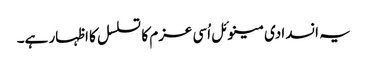
یہ انسدادی مینوئل اُسی عزم کا تسلسل کا اظہار ہے۔